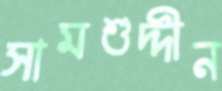
সামশুদ্দীন